Scottish assistants in French schools and colleges, 1934
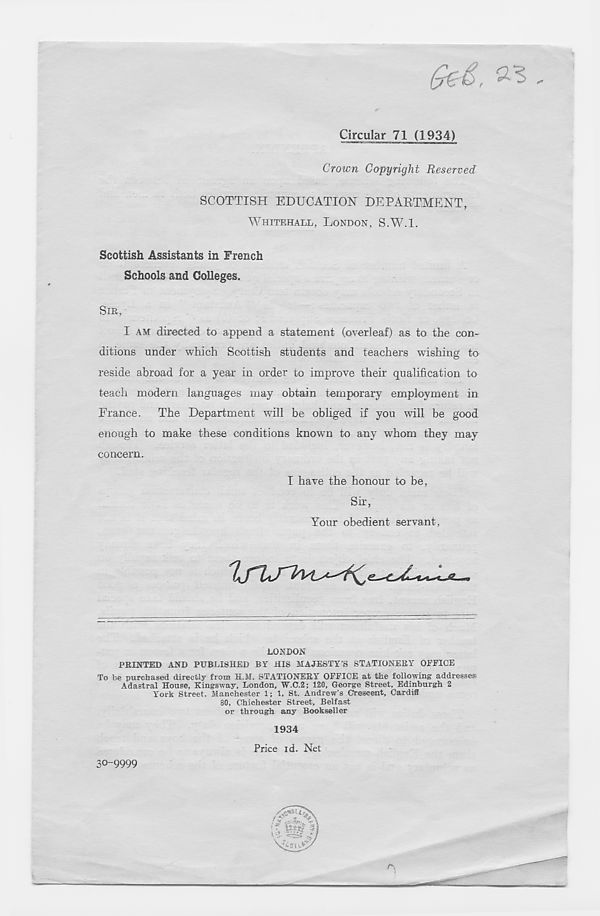
Gz&, ^ -
Circular 71 (1934)
Crown Copyright Reserved
SCOTTISH EDUCATION DEPARTMENT,
WHITEHALL, LONDON, S.W.l.
Scottish Assistants in French
Schools and Colleges.
SIR,
I AM directed to append a statement (overleaf) as to the con-
ditions under which Scottish students and teachers wishing to
reside abroad for a year in order to improve their qualification to
teach modern languages may obtain temporary employment in
France. The Department will be obliged if you will be good
enough to make these conditions known to any whom they may
concern.
I have the honour to be,
Sir,
Your obedient servant,
LONDON
PRINTED AND PUBLISHED BY HIS MAJESTY’S STATIONERY OFFICE
To be purchased directly from H.M. STATIONERY OFFICE at the following addresses
Adastral House, Kingsway, London, W.C.2; 120, George Street, Edinburgh 2
York Street, Manchester 1; 1, St. Andrew's Crescent, Cardiff
80, Chichester Street, Belfast
or through any Bookseller
1934
Price id. Net
30-9999